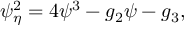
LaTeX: \psi _ { \eta } ^ { 2 } = 4 \psi ^ { 3 } - g _ { 2 } \psi - g _ { 3 } ,